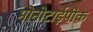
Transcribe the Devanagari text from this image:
मोनोटाईपीक